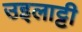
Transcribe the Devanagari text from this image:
उइलाट्टी